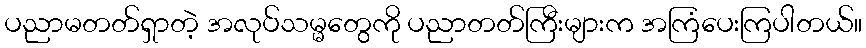
ပညာမတတ်ရှာတဲ့ အလုပ်သမ္မတွေကို ပညာတတ်ကြီးများက အကြံပေးကြပါတယ်။